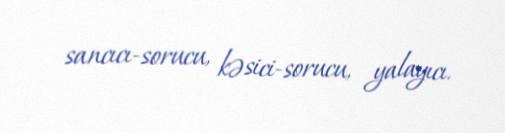
sancıcı-sorucu, kəsici-sorucu, yalayıcı.